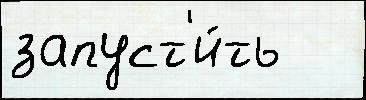
запуст'и́ть